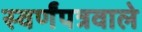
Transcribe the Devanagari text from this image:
स्वर्णंपत्रवाले